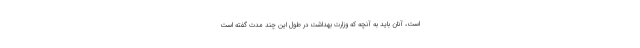
است، آنان باید به آنچه که وزارت بهداشت در طول این چند مدت گفته است